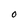
Character: O